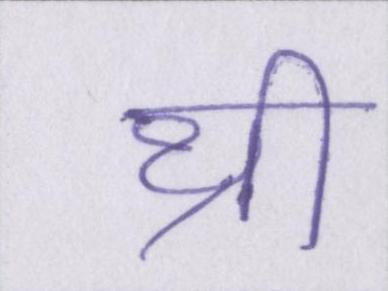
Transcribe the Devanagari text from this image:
थ्री